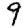
Digit: 9